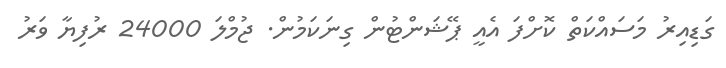
ގަޑިއިރު މަސައްކަތް ކޮށްފަ އެއީ ޕޭޝަންޓުން ގިނަކަމުން. ޖުމްލަ 24000 ރުފިޔާ ވަރު